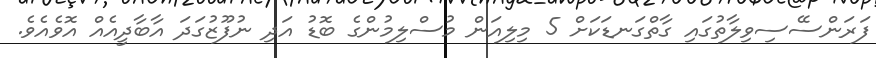
ފަރަންސޭސިވިލާތުގައި ގާތްގަނޑަކަށް 5 މިލިއަން މުސްލިމުންގެ ބޮޑު އަދި ނުފޫޒުގަދަ އާބާދީއެއް އޮވެއެވެ.